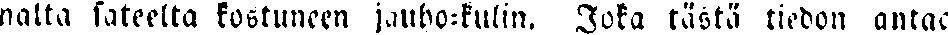
nalta sateelta kostuneen jauho-kulin. Joka tästä tiedon antaa